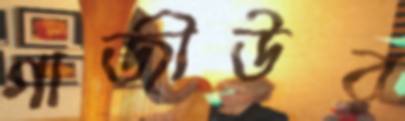
গাজীউর